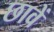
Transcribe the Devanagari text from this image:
छावें